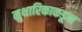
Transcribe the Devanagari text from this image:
मुथारिकाकडून